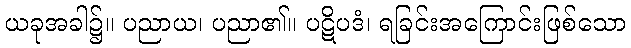
ယခုအခါ၌။ ပညာယ၊ ပညာ၏။ ပဋိပဒံ၊ ရခြင်းအကြောင်းဖြစ်သော